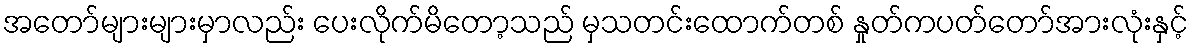
အတော်များများမှာလည်း ပေးလိုက်မိတော့သည် မှသတင်းထောက်တစ် နှုတ်ကပတ်တော်အားလုံးနှင့်